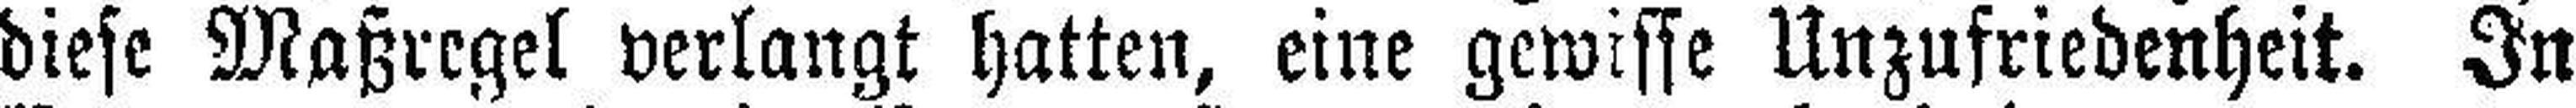
diese Maßregel verlangt hatten, eine gewisse Unzufriedenheit. In